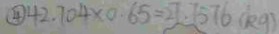
\textcircled { 4 } 4 2 . 7 0 4 \times 0 . 6 5 = 2 7 . 7 5 7 6 ( k g )